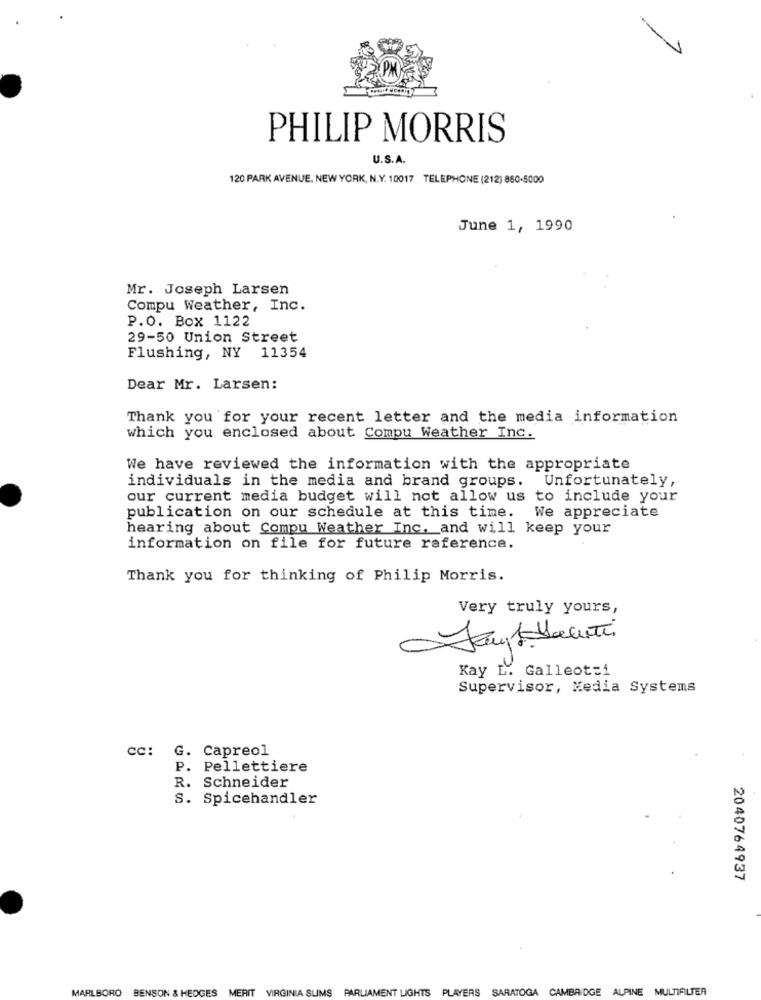
PHILIP MORRIS
U.S.A.
120 PARK AVENUE, NEW YORK, N.Y. 10017 TELEPHONE (212) 860-5000
June 1, 1990
Mr. Joseph Larsen
Compu Weather, Inc.
P.O. Box 1122
29-50 Union Street
Flushing, NY 11354
Dear Mr. Larsen:
Thank you for your recent letter and the media information
which you enclosed about Compu Weather Inc.
We have reviewed the information with the appropriate
individuals in the media and brand groups. Unfortunately,
our current media budget will not allow us to include your
publication on our schedule at this time.
We appreciate
hearing about Compu Weather Inc. and will keep your
information on file for future reference.
Thank you for thinking of Philip Morris.
Very truly yours,
Kay L. Galleotti
Supervisor, Media Systems
CC:
G. Capreol
P. Pellettiere
R. Schneider
S. Spicehandler
2040764937
MARLBORO
BENSON & HEDGES MERIT VIRGINIA SLIMS PARLIAMENT LIGHTS PLAYERS SARATOGA CAMBRIDGE ALPINE MULTIFILTER